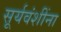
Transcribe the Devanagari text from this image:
सूर्यवंशींना